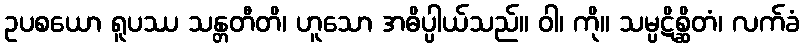
ဥပစယော ရူပဿ သန္တတီတိ၊ ဟူသော အဓိပ္ပါယ်သည်။ ဝါ၊ ကို။ သမ္ပဋိစ္ဆိတံ၊ လက်ခံ